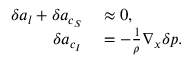
\begin{array} { r l } { \delta \boldsymbol { a } _ { l } + \delta \boldsymbol { a } _ { c _ { S } } } & { { } \approx 0 , } \\ { \delta \boldsymbol { a } _ { c _ { I } } } & { { } = - \frac { 1 } { \rho } \nabla _ { \boldsymbol { x } } \delta p . } \end{array}